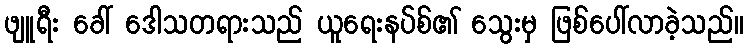
ဖျူရီး ခေါ် ဒေါသတရားသည် ယူရေးနပ်စ်၏ သွေးမှ ဖြစ်ပေါ်လာခဲ့သည်။